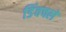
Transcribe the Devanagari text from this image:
डिंवचले